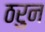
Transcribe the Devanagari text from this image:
ठरुन